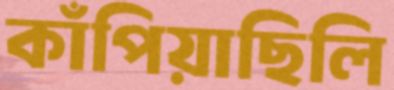
কাঁপিয়াছিলি